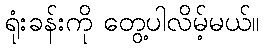
ရုံးခန်းကို တွေ့ပါလိမ့်မယ်။